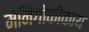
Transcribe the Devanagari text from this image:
मेनिंगोकोकाय